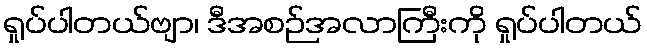
ရှုပ်ပါတယ်ဗျာ၊ ဒီအစဉ်အလာကြီးကို ရှုပ်ပါတယ်